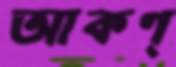
আকণ্